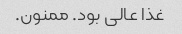
غذا عالی بود. ممنون.